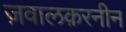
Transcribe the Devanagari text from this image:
ज़वालक़रनीन